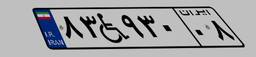
۸۳W۹۳۰۰۸